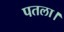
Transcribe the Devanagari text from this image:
पतला।